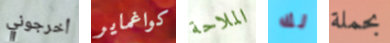
أخرجوني كواغماير الملاحة لك بحملة